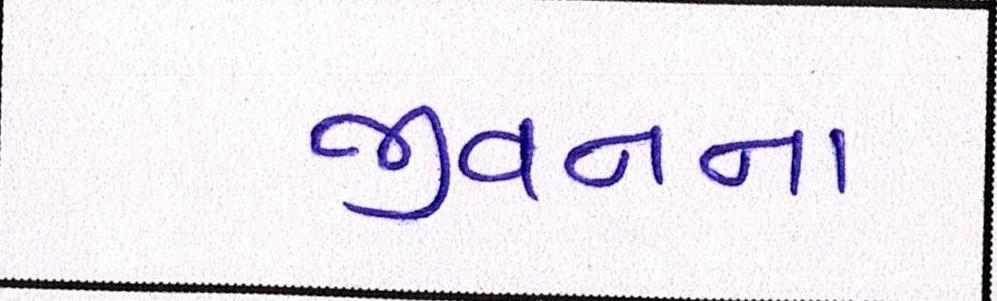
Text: જીવનના